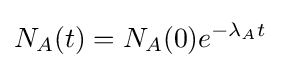
N_{A}(t)=N_{A}(0)e^{-\lambda _{A}t}